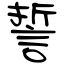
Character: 誓